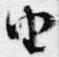
由